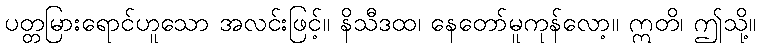
ပတ္တမြားရောင်ဟူသော အလင်းဖြင့်။ နိသီဒထ၊ နေတော်မူကုန်လော့။ ဣတိ၊ ဤသို့။